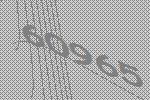
60965